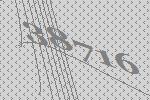
38716